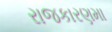
રાજકારણમા